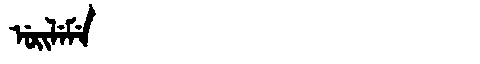
Manchu: ᡠᡳᠯᡝᠮᡝ
Romanization: UILEME